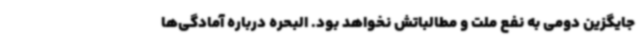
جایگزین دومی به نفع ملت و مطالباتش نخواهد بود. البحره درباره آمادگی‌ها